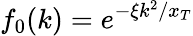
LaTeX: f_{0}(k)=e^{-\xi k^{2}/x_{T}}